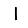
Digit: 1